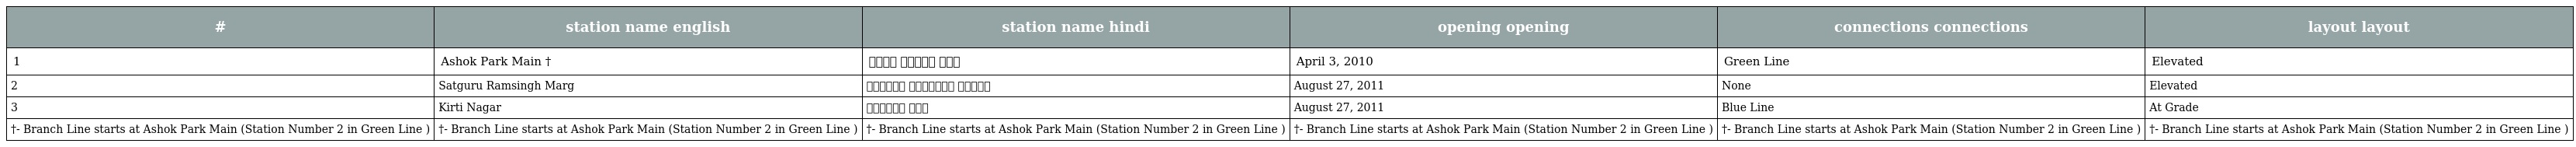
| # | station name english | station name hindi | opening opening | connections connections | layout layout |
 | --- | --- | --- | --- | --- | --- |
 | 1 | Ashok Park Main † | अशोक पार्क मेन | April 3, 2010 | Green Line | Elevated |
 | 2 | Satguru Ramsingh Marg | सतगुरु रामसिंघ मार्ग | August 27, 2011 | None | Elevated |
 | 3 | Kirti Nagar | कीर्ति नगर | August 27, 2011 | Blue Line | At Grade |
 | †- Branch Line starts at Ashok Park Main (Station Number 2 in Green Line ) | †- Branch Line starts at Ashok Park Main (Station Number 2 in Green Line ) | †- Branch Line starts at Ashok Park Main (Station Number 2 in Green Line ) | †- Branch Line starts at Ashok Park Main (Station Number 2 in Green Line ) | †- Branch Line starts at Ashok Park Main (Station Number 2 in Green Line ) | †- Branch Line starts at Ashok Park Main (Station Number 2 in Green Line ) |